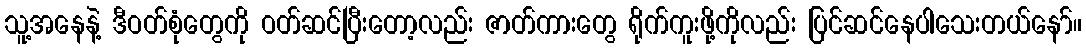
သူ့အနေနဲ့ ဒီဝတ်စုံတွေကို ဝတ်ဆင်ပြီးတော့လည်း ဇာတ်ကားတွေ ရိုက်ကူးဖို့ကိုလည်း ပြင်ဆင်နေပါသေးတယ်နော်။